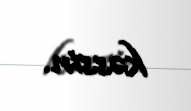
kəssin.